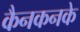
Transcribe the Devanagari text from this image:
कैनकनके